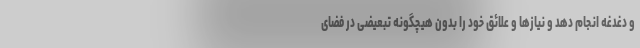
و دغدغه انجام دهد و نیازها و علائق خود را بدون هیچگونه تبعیضی در فضای